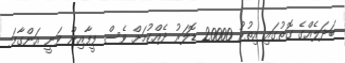
ބަދަލެއްގެ ގޮތުގައި އިތުރު 20000 ޑޮލަރު ދެއްކުމަށް ވެސް ފީފާއިން ވަނީ އަންގާފަ